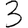
Digit: 3